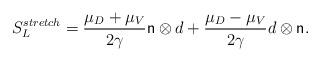
LaTeX: \begin{align*}S_L^{stretch} = \frac{\mu_D+\mu_V}{2\gamma} {\sf n} \otimes d + \frac{\mu_D-\mu_V}{2\gamma} d \otimes {\sf n}.\end{align*}